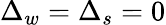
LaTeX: \Delta_{w}=\Delta_{s}=0